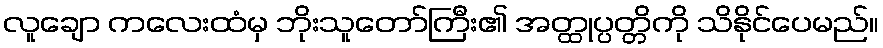
လူချော ကလေးထံမှ ဘိုးသူတော်ကြီး၏ အတ္ထုပ္ပတ္တိကို သိနိုင်ပေမည်။